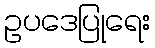
ဥပဒေပြုရေး